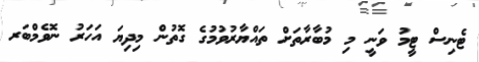
ޓެނިސް ޓީމު ވަނީ މި މުބާރާތަށް ތައްޔާރުވުމުގެ ގޮތުން މިދިޔަ އަހަރު ނޮވެމްބަރ